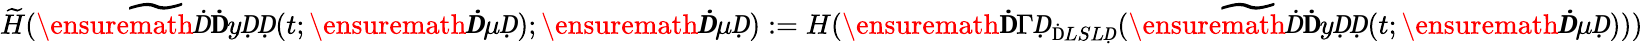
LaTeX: \widetilde H(\widetilde{\ensuremath Ḋ\mathbf ḊyḌḌ}(t;\ensuremath{\boldsymbol Ḋ\mu Ḍ});\ensuremath{\boldsymbol Ḋ\mu Ḍ}):=H(\ensuremath{\mathbf Ḋ\Gamma Ḍ}_{\mathrm{Ḋ}LSLḌ}(\widetilde{\ensuremath Ḋ\mathbf ḊyḌḌ}(t;\ensuremath{\boldsymbol Ḋ\mu Ḍ})))